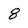
Character: 8